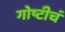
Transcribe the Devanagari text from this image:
गोष्टीचं